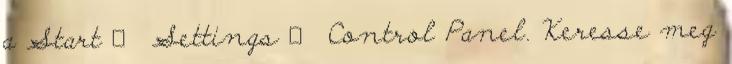
a Start → Settings → Control Panel. Keresse meg